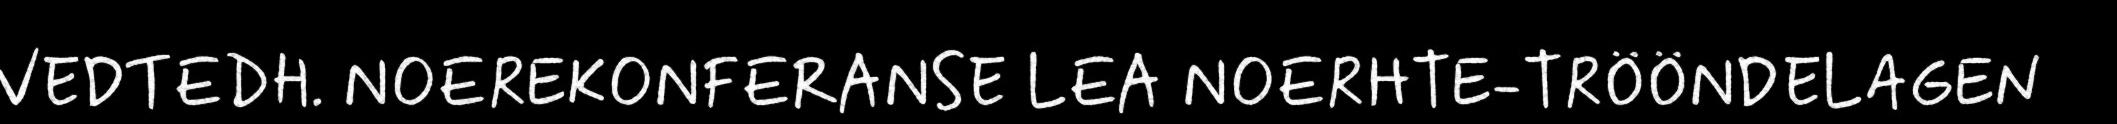
VEDTEDH. NOEREKONFERANSE LEA NOERHTE-TRÖÖNDELAGEN